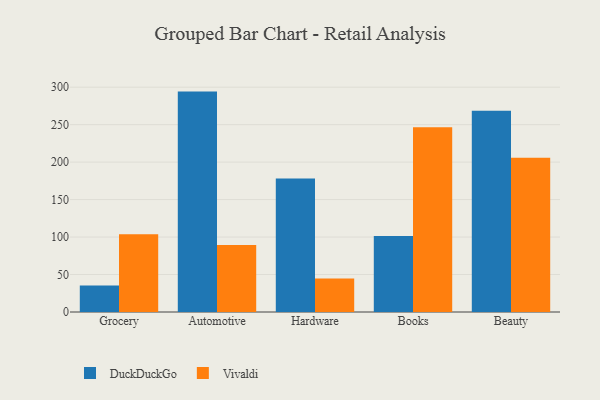
{"axis": {"x": "Category", "y": "Latency (ms)"}, "legend": ["DuckDuckGo", "Vivaldi"], "data": [{"x": "Grocery", "y": 35.2, "type": "DuckDuckGo"}, {"x": "Grocery", "y": 103.7, "type": "Vivaldi"}, {"x": "Automotive", "y": 294.1, "type": "DuckDuckGo"}, {"x": "Automotive", "y": 89.3, "type": "Vivaldi"}, {"x": "Hardware", "y": 178.2, "type": "DuckDuckGo"}, {"x": "Hardware", "y": 44.7, "type": "Vivaldi"}, {"x": "Books", "y": 101.4, "type": "DuckDuckGo"}, {"x": "Books", "y": 246.5, "type": "Vivaldi"}, {"x": "Beauty", "y": 268.4, "type": "DuckDuckGo"}, {"x": "Beauty", "y": 205.9, "type": "Vivaldi"}]}